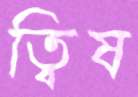
ত্বিষ